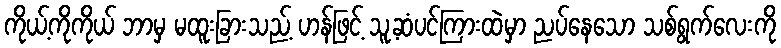
ကိုယ့်ကိုကိုယ် ဘာမှ မထူးခြားသည့် ဟန်ဖြင့် သူ့ဆံပင်ကြားထဲမှာ ညပ်နေသော သစ်ရွက်လေးကို